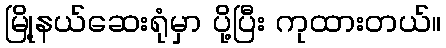
မြို့နယ်ဆေးရုံမှာ ပို့ပြီး ကုထားတယ်။